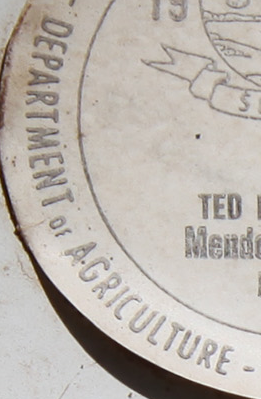
DEPARTMENT ACRICULTURE